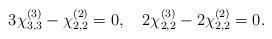
LaTeX: \begin{align*}3 \chi^{(3)}_{3,3} -\chi^{(2)}_{2,2}= 0, \quad 2\chi^{(3)}_{2,2}-2\chi^{(2)}_{2,2} = 0.\end{align*}